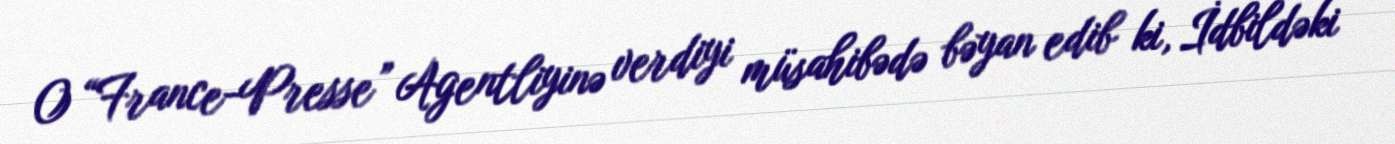
O “France-Presse” Agentliyinə verdiyi müsahibədə bəyan edib ki, İdbildəki